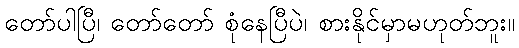
တော်ပါပြီ၊ တော်တော် စုံနေပြီပဲ၊ စားနိုင်မှာမဟုတ်ဘူး။